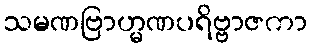
သမဏဗြာဟ္မဏပရိဗ္ဗာဇကာ